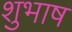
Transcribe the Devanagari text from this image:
शुभाष